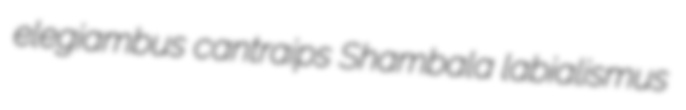
elegiambus cantraips Shambala labialismus